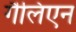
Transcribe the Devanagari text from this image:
गैलिएन